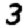
Digit: 3